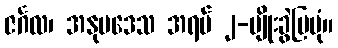
ဇင်္ဂလ၊ အနုပဒေသ အရပ် ၂-မျိုးခွဲပြပုံ။